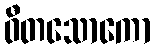
ဝီတသောကော